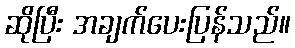
ဆိုပြီး အချက်ပေးပြန်သည်။